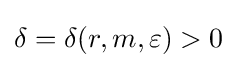
\delta =\delta (r,m,\varepsilon )>0